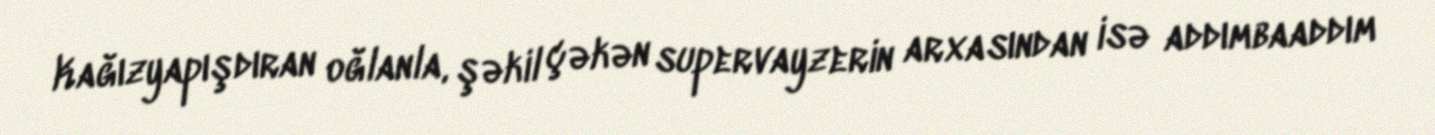
Kağızyapışdıran oğlanla, şəkil çəkən supervayzerin arxasından isə addımbaaddım